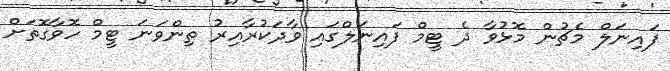
ފައިނަލް މެޗުން މޮޅުވާ ދެ ޓީމް ފައިނަލްގައި ވާދަކުރާއިރު ތިންވަނަ ޓީމް ހޮވާގޮތަށް